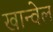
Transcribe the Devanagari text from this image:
खान्वेल